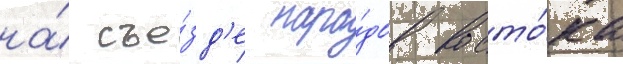
на́ съе́зд'е наро́дов восто́ка